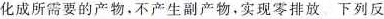
化成所需要的产物。不产生副产物，实现零排放 下列反